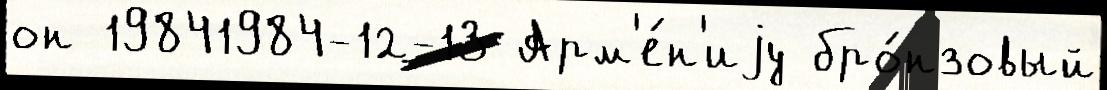
он 19841984-12-13 Арм'е́н'иjу бро́нзовый